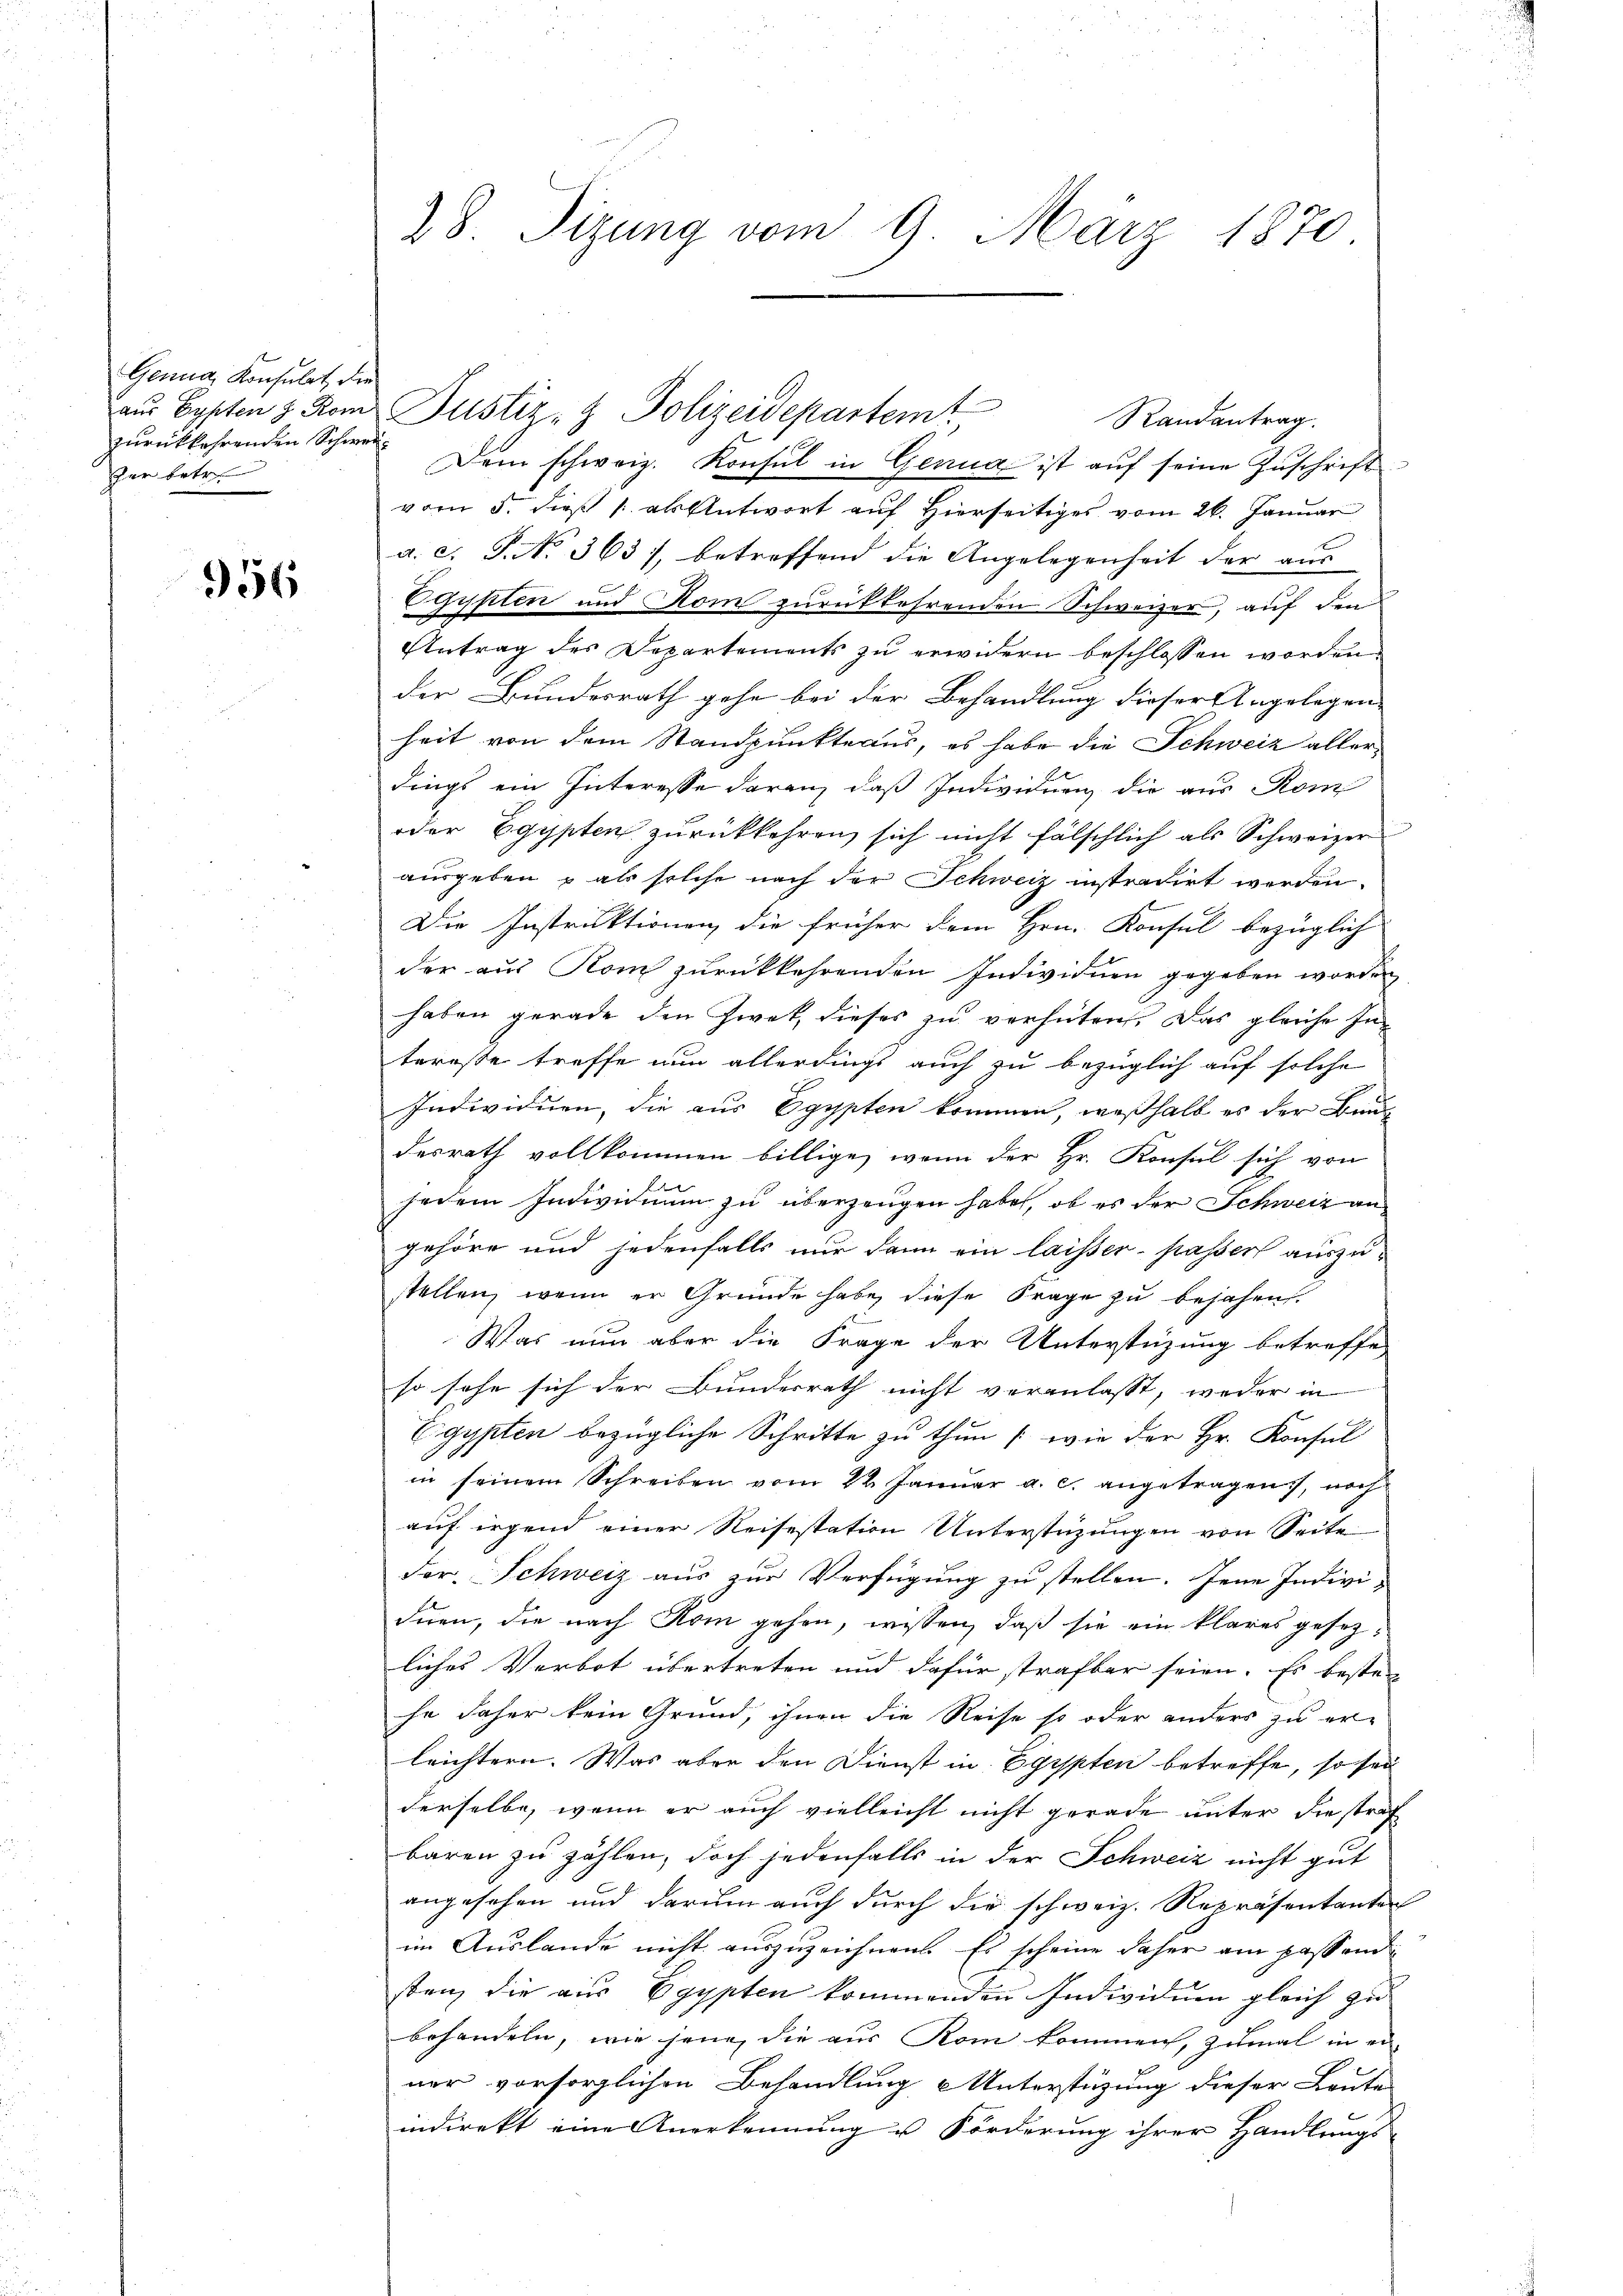
Genug, Konsulat, der
zurückkehrenden Schwersher betr.

956

Dem schweiz. Konsul in Genua ist aŭf seine Zuschrift
vom 5. dieß 1 als Antwort auf Hierseitiges vom 26. Januar
a. c. S. No. 363), betreffend die Angelegenheit der aus
2
isiten und Rom zurückkehrenden Schweizer, auf den
x
Antrag des Departements zu erwidern beschlossen worden.
der Bundesrath gehe bei der Behandlung dieser Angelegen
heit von dem Standpunkte aus, es habe die Schweiz allerdings ein Interesse daran, daß Individuen die aus Kom
oder Egypten zurückkehren sich nicht fälschlich als Schweizer
ausgeben & als solche nach der Schweiz instradirt werden.
Die Instruktionen die früher dem Hrn. Konsul bezüglich
der aus Rom zurückkehrenden Individuen gegeben worden
haben gerade den Zwet, dieses zu verhüten. Das gleiche Interesse treffe nun allerdings auch zu bezüglich auf solche
Individuen, die aus Egypten kommen, weßhalb es der Bun
desrath vollkommen billige, wenn der Hr. Konsul sich von
jedem Individuum zu überzeugen habe, ob es der Schweiz an
gehöre und jedenfalls nur dann ein laisser-Kassers auszu-
stellen, wenn er Grunde habe, diese Frage zu bejahen.
Was nun aber die Frage der Unterstüzung betreffe
so sehe sich der Bundesrath nicht veranlasst, weder in
Eigypten bezügliche Schritte zu thun (wie der Hr. Konsul
in seinem Schreiben vom 24. Januar a. c. angetragen, noch
auf irgend einer Reisestation Unterstüzungen von Seite
der. Schweiz aus zur Verfügung zu stellen. Jene Indivi-
duen, die nach Rom gehen, wissen, daß sie ein klares gesezliches Verbot übertreten und dafür strafbar seien. Es bestehe daher kein Grund, ihnen die Reise so oder anders zu er-
leichtern. Was aber den Dienst in Egypten betreffe, so sei
derselbe, wenn er auch vielleicht nicht gerade unter die straf
baren zu zählen, doch jedenfalls in der Schweiz nicht gut
angesehen und darum auch durch die schweiz. Repräsentanten
im Auslande nicht auszuzeichnen. Es scheine daher am passend
sten, die aus Egypten kommenden Individuen gleich zu
behandeln, wie jene, die aus Rom kommen, zumal in er-
ner vorsorglichen Behandlung & Unterstüzung dieser Leute
indirekt eine Anerkennung u. Förderung ihrer Handlungs-

28. Sizung vom 9. März 1870

aŭs Cypten z. Rom Justiz- & Polizeidepartemt

Randantrag.